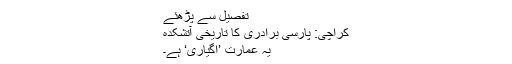
تفصیل سے پڑھئے
کراچی: پارسی برادری کا تاریخی آتشکدہ
یہ عمارت ’اگیاری‘ ہے۔